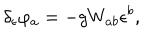
LaTeX: \delta _ { \epsilon } \varphi _ { a } = - g W _ { a b } \epsilon ^ { b } ,